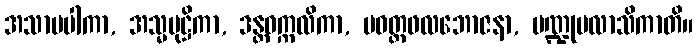
အသာမပါကာ, အသ္မမုဋ္ဌိကာ, ဒန္တဝက္ကလိကာ, ပဝတ္တဖလဘောဇနာ, ပဏ္ဍုပလာသိကာတိ။